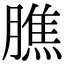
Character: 膲